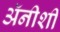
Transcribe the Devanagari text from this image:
अॅनीशी